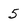
Character: 5